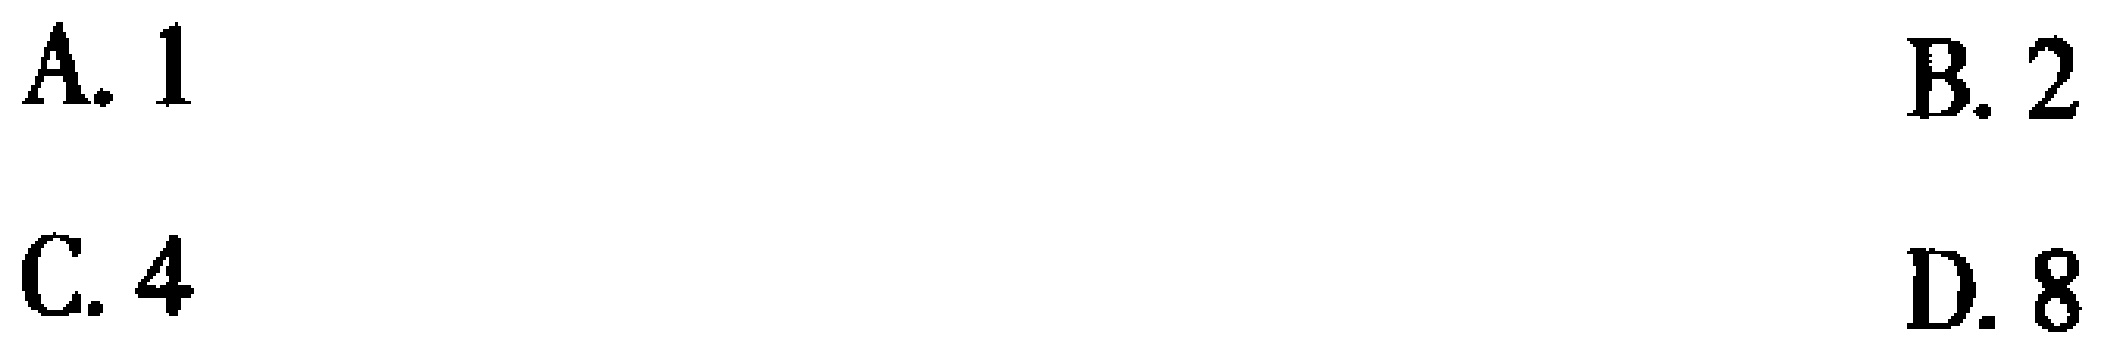
A. 1
B. 2
C. 4
D. 8